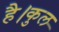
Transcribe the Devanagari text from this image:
है।कुल